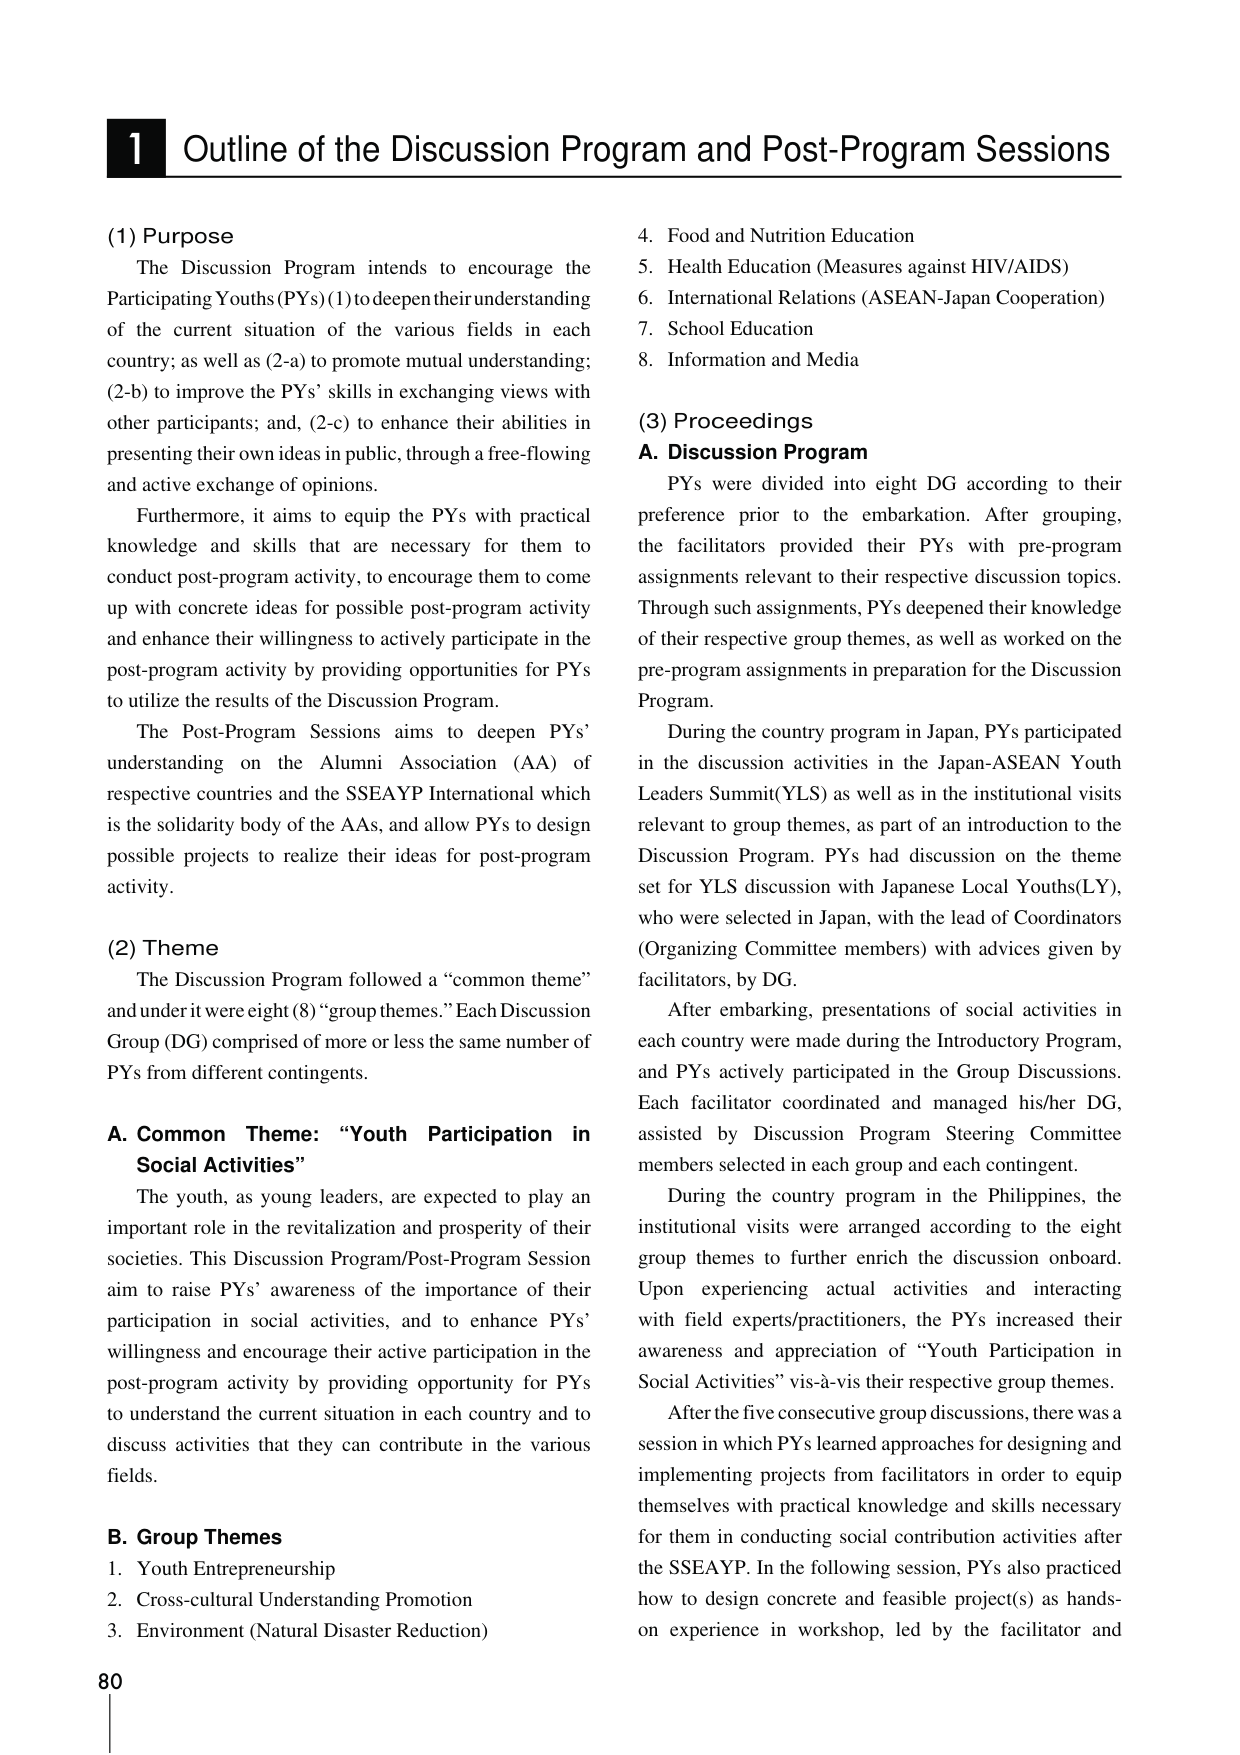
1 Outline of the Discussion Program and Post-Program Sessions

(1) Purpose
The Discussion Program intends to encourage the Participating Youths (PYs) (1) to deepen their understanding of the current situation of the various fields in each country; as well as (2-a) to promote mutual understanding; (2-b) to improve the PYs’ skills in exchanging views with other participants; and, (2-c) to enhance their abilities in presenting their own ideas in public, through a free-flowing and active exchange of opinions.

Furthermore, it aims to equip the PYs with practical knowledge and skills that are necessary for them to conduct post-program activity, to encourage them to come up with concrete ideas for possible post-program activity and enhance their willingness to actively participate in the post-program activity by providing opportunities for PYs to utilize the results of the Discussion Program.

The Post-Program Sessions aims to deepen PYs’ understanding on the Alumni Association (AA) of respective countries and the SSEAYP International which is the solidarity body of the AAs, and allow PYs to design possible projects to realize their ideas for post-program activity.

(2) Theme
The Discussion Program followed a “common theme” and under it were eight (8) “group themes.” Each Discussion Group (DG) comprised of more or less the same number of PYs from different contingents.

A. Common Theme: “Youth Participation in Social Activities”
The youth, as young leaders, are expected to play an important role in the revitalization and prosperity of their societies. This Discussion Program/Post-Program Session aim to raise PYs’ awareness of the importance of their participation in social activities, and to enhance PYs’ willingness and encourage their active participation in the post-program activity by providing opportunity for PYs to understand the current situation in each country and to discuss activities that they can contribute in the various fields.

B. Group Themes
1. Youth Entrepreneurship
2. Cross-cultural Understanding Promotion
3. Environment (Natural Disaster Reduction)
4. Food and Nutrition Education
5. Health Education (Measures against HIV/AIDS)
6. International Relations (ASEAN-Japan Cooperation)
7. School Education
8. Information and Media

(3) Proceedings
A. Discussion Program
PYs were divided into eight DG according to their preference prior to the embarkation. After grouping, the facilitators provided their PYs with pre-program assignments relevant to their respective discussion topics. Through such assignments, PYs deepened their knowledge of their respective group themes, as well as worked on the pre-program assignments in preparation for the Discussion Program.

During the country program in Japan, PYs participated in the discussion activities in the Japan-ASEAN Youth Leaders Summit (YLS) as well as in the institutional visits relevant to group themes, as part of an introduction to the Discussion Program. PYs had discussion on the theme set for YLS discussion with Japanese Local Youths (LY), who were selected in Japan, with the lead of Coordinators (Organizing Committee members) with advices given by facilitators, by DG.

After embarking, presentations of social activities in each country were made during the Introductory Program, and PYs actively participated in the Group Discussions. Each facilitator coordinated and managed his/her DG, assisted by Discussion Program Steering Committee members selected in each group and each contingent.

During the country program in the Philippines, the institutional visits were arranged according to the eight group themes to further enrich the discussion onboard. Upon experiencing actual activities and interacting with field experts/practitioners, the PYs increased their awareness and appreciation of “Youth Participation in Social Activities” vis-à-vis their respective group themes.

After the five consecutive group discussions, there was a session in which PYs learned approaches for designing and implementing projects from facilitators in order to equip themselves with practical knowledge and skills necessary for them in conducting social contribution activities after the SSEAYP. In the following session, PYs also practiced how to design concrete and feasible project(s) as hands-on experience in workshop, led by the facilitator and

80